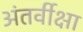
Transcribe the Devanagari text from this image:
अंतर्वीक्षा